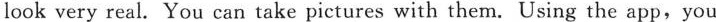
look very real. You can take pictures with them. Using the app, you